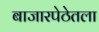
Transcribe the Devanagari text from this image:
बाजारपेठेतला